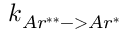
k _ { A r ^ { * * } - > A r ^ { * } }